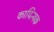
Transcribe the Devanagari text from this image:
कापित्थक